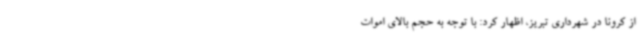
از کرونا در شهرداری تبریز، اظهار کرد: با توجه به حجم بالای اموات